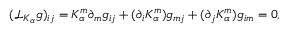
( { \mathcal L } _ { K _ { \alpha } } g ) _ { i j } = K _ { \alpha } ^ { m } \partial _ { m } g _ { i j } + ( \partial _ { i } K _ { \alpha } ^ { m } ) g _ { m j } + ( \partial _ { j } K _ { \alpha } ^ { m } ) g _ { i m } = 0 ,